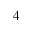
^ { 4 }